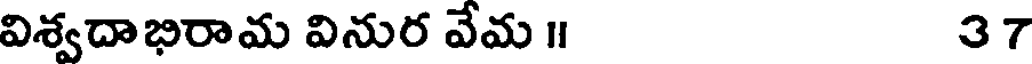
విశ్వదాభిరామ వినుర వేమ ॥ 37